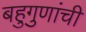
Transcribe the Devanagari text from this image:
बहुगुणांची